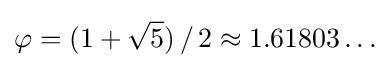
\varphi =(1+{\sqrt {5}})\,/\,2\approx 1.61803\ldots